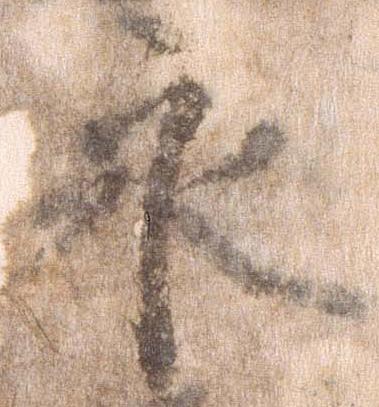
永